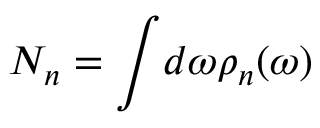
N _ { n } = \int \! d \omega \rho _ { n } ( \omega )